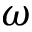
\omega